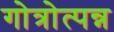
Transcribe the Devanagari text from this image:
गोत्रोत्पन्न